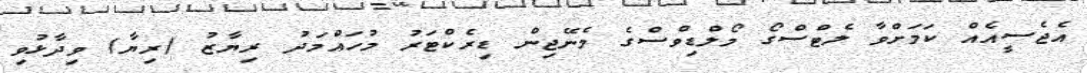
އެޖެސީއެއް ކަމަށްވާ ލެޓްސްގޯ މޯލްޑިވްސްގެ މެނޭޖިން ޑިރެކްޓަރު މުހައްމަދު ރިޔާޒު (ރިޔާ) ވިދާޅުވި